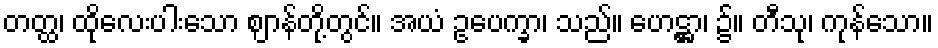
တတ္ထ၊ ထိုလေးပါးသော ဈာန်တို့တွင်။ အယံ ဥပေက္ခာ၊ သည်။ ဟေဋ္ဌာ၊ ၌။ တီသု၊ ကုန်သော။